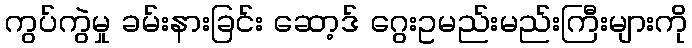
ကွပ်ကွဲမှု ခမ်းနားခြင်း ဆော့ဒ် ဂွေးဥမည်းမည်းကြီးများကို